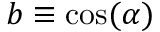
b \equiv \cos ( \alpha )